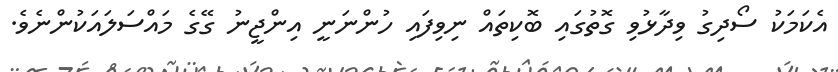
އެކަމަކު ސޯދިގު ވިދާޅުވި ގޮތުގައި ބޮކިތައް ނިވިފައި ހުންނަނީ އިންޖީނު ގޭގެ މައްސަލައަކުންނެވެ.